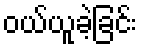
ဝယ်ယူခဲ့ခြင်း